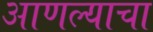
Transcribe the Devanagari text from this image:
आणल्याचा